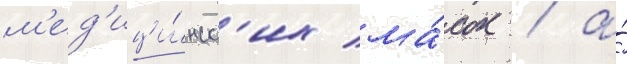
м'ед'ици́нск'их ма́сок / а́